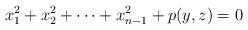
LaTeX: \begin{align*} x_1 ^2 + x_2 ^2 + \cdots + x_{n-1} ^2+ p(y,z)=0\end{align*}